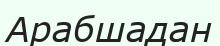
Арабшадан